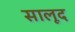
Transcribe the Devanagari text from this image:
सालूद